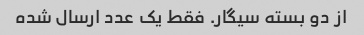
از دو بسته سیگار. فقط یک عدد ارسال شده